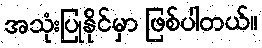
အသုံးပြုနိုင်မှာ ဖြစ်ပါတယ်။